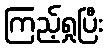
ကြည့်ရှုပြီး